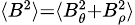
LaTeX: \scriptstyle\langle B^{2}\rangle=\langle B_{\theta}^{2}+B_{\rho}^{2}\rangle